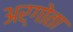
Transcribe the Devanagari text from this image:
अर्गोता